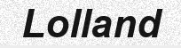
Lolland